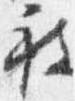
被